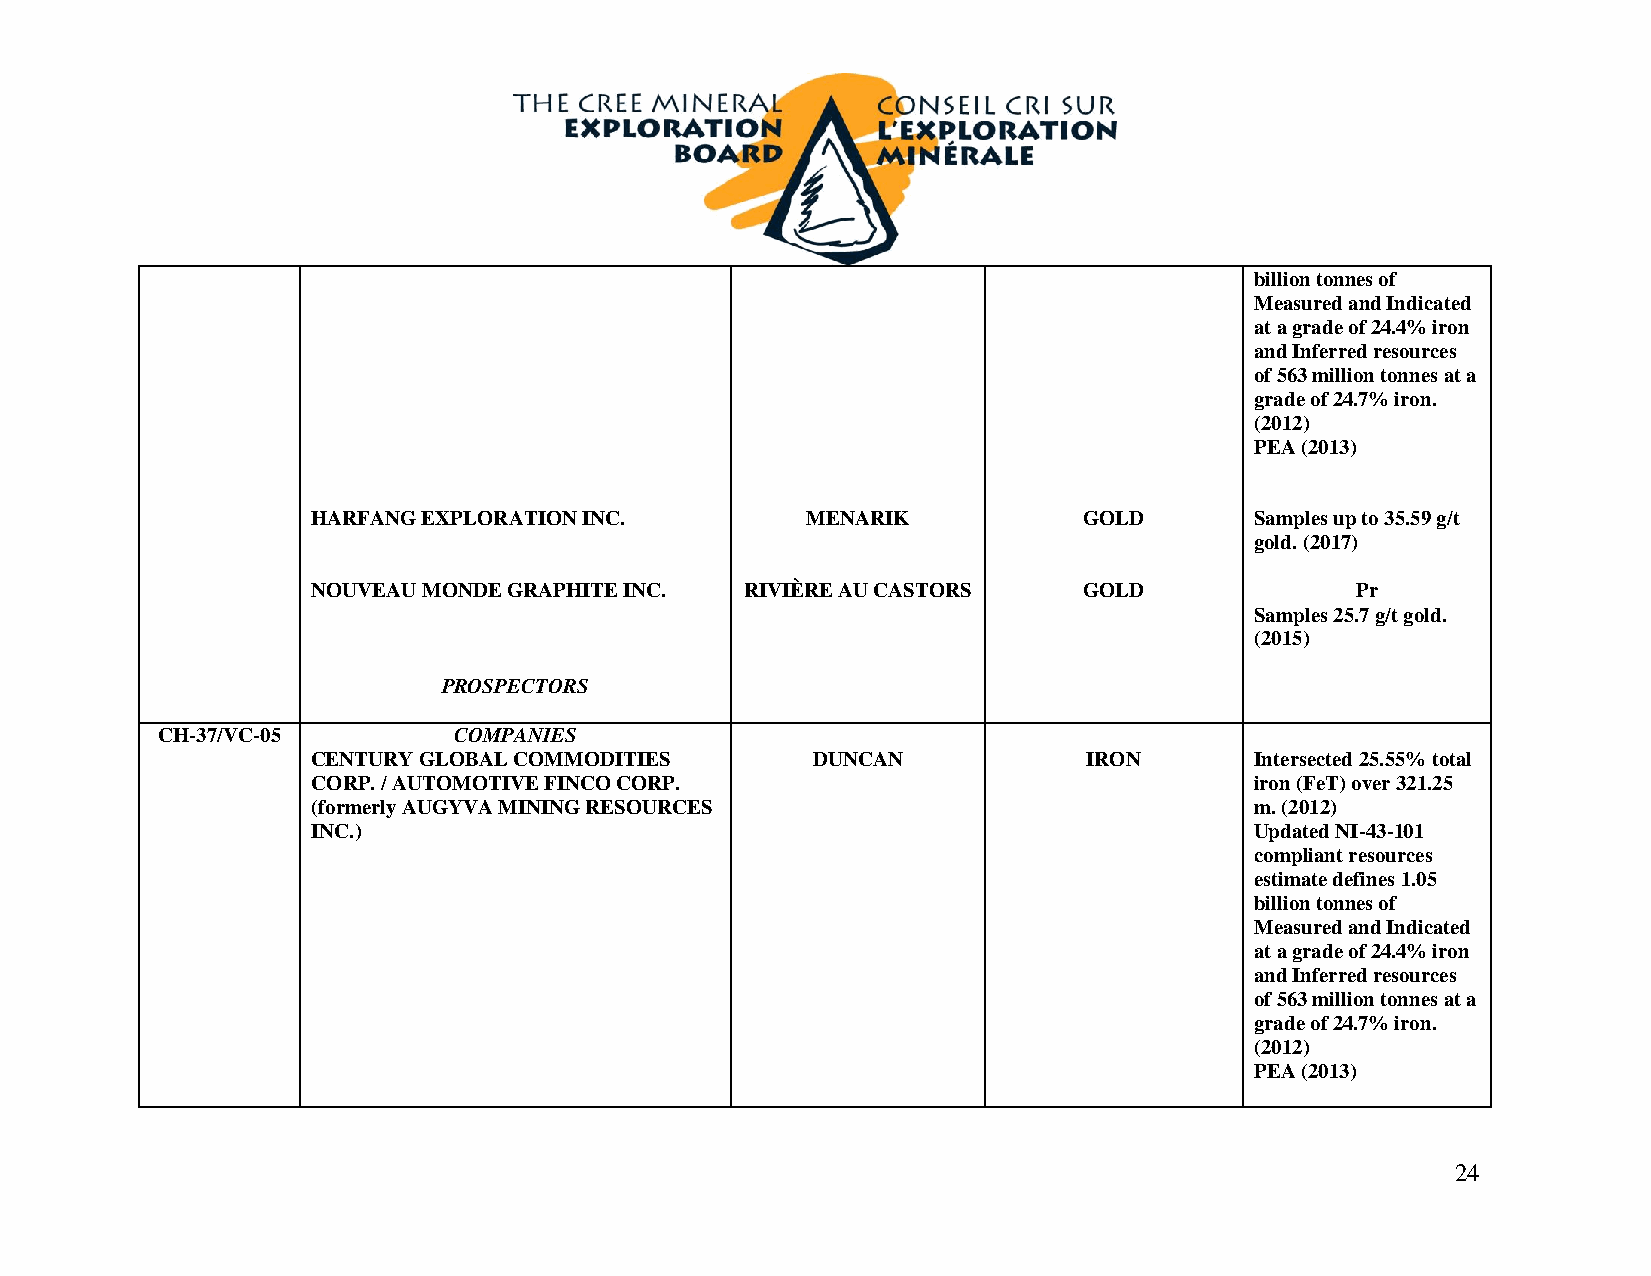
billion tonnes of
 Measured and Indicated
 at a grade of 24.4% iron
 and Inferred resources
 of 563 million tonnes at a
 grade of 24.7% iron.
 (2012)
 PEA (2013)
 HARFANG EXPLORATION INC.        MENARIK            GOLD       Samples up to 35.59 g/t
 gold. (2017)
 NOUVEAU MONDE GRAPHITE INC. RIVIÈRE AU CASTORS     GOLD              Pr
 Samples 25.7 g/t gold.
 (2015)
 PROSPECTORS
 CH-37/VC-05         COMPANIES
 CENTURY GLOBAL COMMODITIES       DUNCAN            IRON       Intersected 25.55% total
 CORP. / AUTOMOTIVE FINCO CORP.                                iron (FeT) over 321.25
 (formerly AUGYVA MINING RESOURCES                             m. (2012)
 INC.)                                                         Updated NI-43-101
 compliant resources
 estimate defines 1.05
 billion tonnes of
 Measured and Indicated
 at a grade of 24.4% iron
 and Inferred resources
 of 563 million tonnes at a
 grade of 24.7% iron.
 (2012)
 PEA (2013)
 24